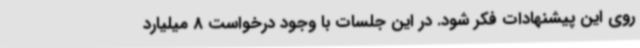
روی این پیشنهادات فکر شود. در این جلسات با وجود درخواست 8 میلیارد